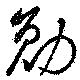
勉